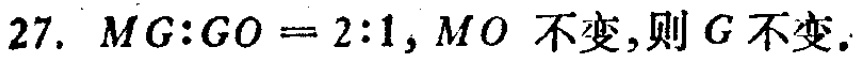
$27.\ MG:GO = 2:1,\ MO\ 不变,则\ G\ 不变.$